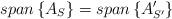
LaTeX: \begin{align*}span\left\{ A_S\right\} =span\left\{ A'_{S'}\right\}\end{align*}